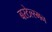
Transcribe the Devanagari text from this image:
बरटेल्स्मन